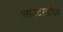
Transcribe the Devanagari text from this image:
आउटरवीयर